Indian Civil Veterinary Department memoirs
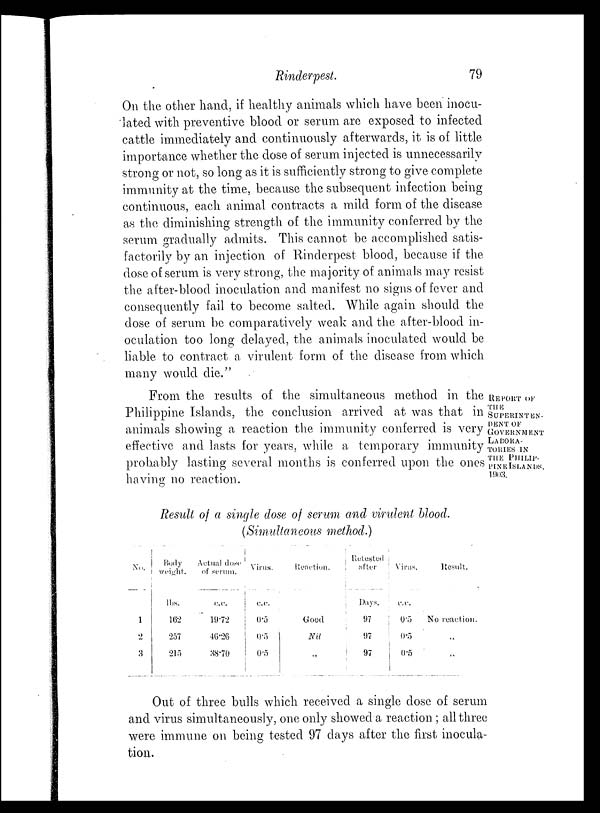
Rinderpest.
79
On the other hand, if healthy animals which have been inocu-
lated with preventive blood or serum are exposed to infected
cattle immediately and continuously afterwards, it is of little
importance whether the dose of serum injected is unnecessarily
strong or not, so long as it is sufficiently strong to give complete
immunity at the time, because the subsequent infection being
continuous, each animal contracts a mild form of the disease
as the diminishing strength of the immunity conferred by the
serum gradually admits. This cannot be accomplished satis-
factorily by an injection of Rinderpest blood, because if the
dose of serum is very strong, the majority of animals may resist
the after-blood inoculation and manifest no signs of fever and
consequently fail to become salted. While again should the
dose of serum be comparatively weak and the after-blood in-
oculation too long delayed, the animals inoculated would be
liable to contract a virulent form of the disease from which
many would die."
REPORT OF
THE
SUPERINTEN-
----
GOVERNMENT
LABORA¬
TORIES IN
THE PHILIP¬
PINE ISLANDS,
1903.
From the results of the simultaneous method in the
Philippine Islands, the conclusion arrived at was that in
animals showing a reaction the immunity conferred is very
effective and lasts for years, while a temporary immunity
probably lasting several months is conferred upon the ones
having no reaction.
Result of a single dose of serum and virulent blood.
(Simultaneous method.)
No.
1
2
3
Body
weight.
lbs.
162
257
215
Actual dose
of serum.
c.c.
19.72
46.26
38.70
Virus.
c.c.
0.5
0.5
0.5
Reaction.
Good
Nil
„
Retested
after
Days.
97
97
97
Virus.
c.c.
0.5
0.5
0.5
Result.
No reaction.
„
„
Out of three bulls which received a single dose of serum
and virus simultaneously, one only showed a reaction; all three
were immune on being tested 97 days after the first inocula-
tion.